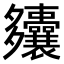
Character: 𫯚